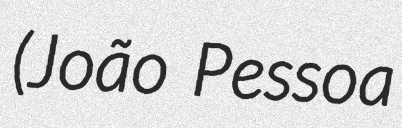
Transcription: (João Pessoa